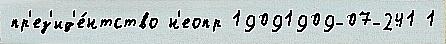
пр'ез'ид'е́нтство н'еопр 19091909-07-241 1